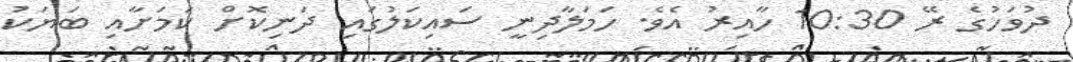
ދުވަހުގެ ރޭ 10:30 ހާއިރު އެވެ. ހަމަލާދިނީ ސައިކަލުގައި ދަނިކޮށް ކަމަށާއި ބަޔަކު